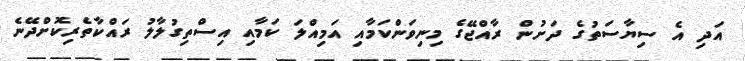
އަދި އެ ސިޔާސަތުގެ ދަށުން ރާއްޖޭގެ މިނިވަންކަމާއި އަމިއްލަ ކަމާއި އިސްތިގުލާލު ރައްކާތެރިކޮށްދޭނެ